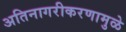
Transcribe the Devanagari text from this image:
अतिनागरीकरणामुळे